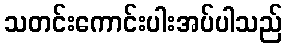
သတင်းကောင်းပါးအပ်ပါသည်